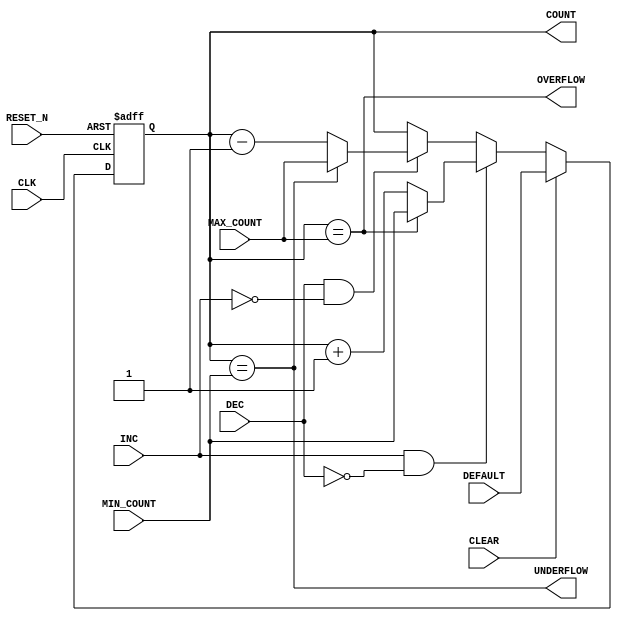
`timescale 1ns/1ps
module counter #(
    // INPUT PARAMETERS
    parameter COUNT_WIDTH               = 3
)
(
    // PORTS
    input  wire                         CLK,
    input  wire                         RESET_N,

    input  wire                         CLEAR,
    input  wire [COUNT_WIDTH-1    : 0]  DEFAULT,

    input  wire                         INC,
    input  wire                         DEC,

    input  wire [COUNT_WIDTH-1    : 0]  MIN_COUNT,
    input  wire [COUNT_WIDTH-1    : 0]  MAX_COUNT,
                                                   
    output wire                         OVERFLOW,
    output wire                         UNDERFLOW,
    output reg  [COUNT_WIDTH-1    : 0]  COUNT
);

// ******************************************************************
// CONTROL LOGIC
// ******************************************************************

assign OVERFLOW = (COUNT == MAX_COUNT);
assign UNDERFLOW = (COUNT == MIN_COUNT);

// UPCOUNTER
always @ ( posedge CLK or negedge RESET_N ) begin : COUNTER
    if (!RESET_N)
        COUNT <= 0;
    else if (CLEAR)
        COUNT <= DEFAULT;
    else if (INC && !DEC) begin
        if (!OVERFLOW)
            COUNT <= COUNT + 1'b1;
        else if (OVERFLOW)
            COUNT <= MIN_COUNT;
    end else if (DEC && !INC) begin
        if (!UNDERFLOW)
            COUNT <= COUNT - 1'b1;
        else if (UNDERFLOW)
            COUNT <= MAX_COUNT;
    end
end

endmodule